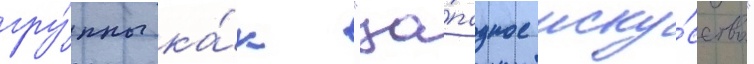
гру́ппы ка́к "за́падное иску́сство"